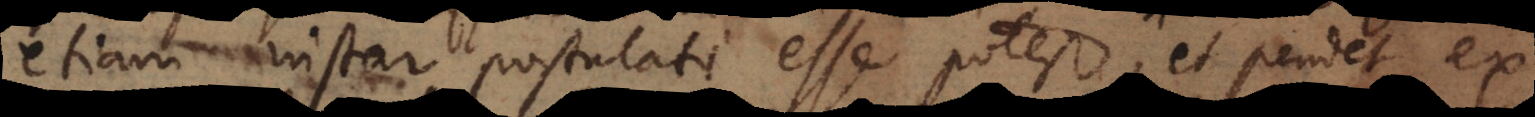
etiam instar postulati esse potest, et pendet ex